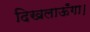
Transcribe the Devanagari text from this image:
दिखलाऊँगा।